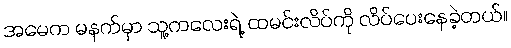
အမေက မနက်မှာ သူ့ကလေးရဲ့ ထမင်းလိပ်ကို လိပ်ပေးနေခဲ့တယ်။